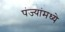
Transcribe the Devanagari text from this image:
पंज्यांमध्ये